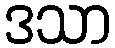
ဒသာ